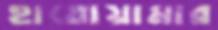
হাতোয়ামার